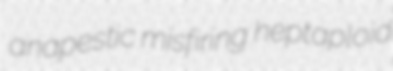
anapestic misfiring heptaploid